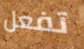
تفعل